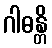
ဂါဓန္တိ